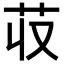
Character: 𮎢